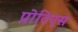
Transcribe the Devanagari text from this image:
प्रोटिएस